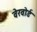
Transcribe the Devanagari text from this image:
वेरवोर्ड